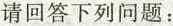
请回答下列问题：